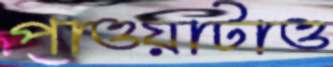
পাওয়াটাও